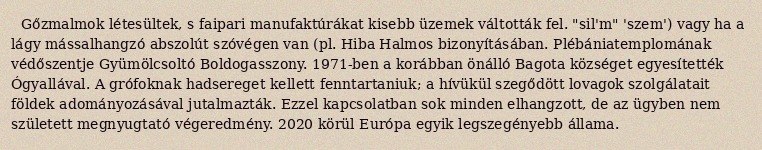
Gőzmalmok létesültek, s faipari manufaktúrákat kisebb üzemek váltották fel. "sil'm" 'szem') vagy ha a lágy mássalhangzó abszolút szóvégen van (pl. Hiba Halmos bizonyításában. Plébániatemplomának védőszentje Gyümölcsoltó Boldogasszony. 1971-ben a korábban önálló Bagota községet egyesítették Ógyallával. A grófoknak hadsereget kellett fenntartaniuk; a hívükül szegődött lovagok szolgálatait földek adományozásával jutalmazták. Ezzel kapcsolatban sok minden elhangzott, de az ügyben nem született megnyugtató végeredmény. 2020 körül Európa egyik legszegényebb állama.